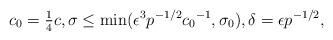
LaTeX: \begin{align*}c_0 = \tfrac{1}{4} c, \sigma \leq \min (\epsilon^3 p ^{-1/2} {c_0}^{-1}, \sigma_0), \delta = \epsilon p^{-1/2},\end{align*}